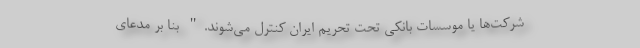
شرکت‌ها یا موسسات بانکی تحت تحریم ایران کنترل می‌شوند." بنا بر مدعای